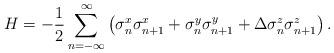
LaTeX: \begin{align*}H=-\frac{1}{2}\sum_{n=-\infty}^\infty\left(\sigma^x_n\sigma^x_{n+1}+\sigma^y_n\sigma^y_{n+1}+\Delta \sigma^z_n\sigma^z_{n+1}\right).\end{align*}